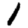
Digit: 1